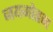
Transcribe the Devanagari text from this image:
जयमोहन